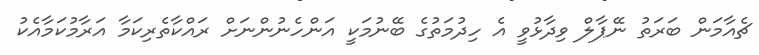
ޗެއާމަން ބަރަތު ނޭޕާލް ވިދާޅުވީ އެ ހިދުމަތުގެ ބޭނުމަކީ އަންހެނުންނަށް ރައްކާތެރިކަމާ އަރާމުކަމާއެކު